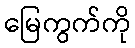
မြေကွက်ကို